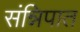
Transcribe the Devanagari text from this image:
संन्निपात